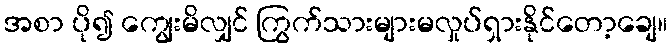
အစာ ပို၍ ကျွေးမိလျှင် ကြွက်သားများမလှုပ်ရှားနိုင်တော့ချေ။